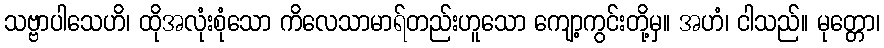
သဗ္ဗာပါသေဟိ၊ ထိုအလုံးစုံသော ကိလေသာမာရ်တည်းဟူသော ကျော့ကွင်းတို့မှ။ အဟံ၊ ငါသည်။ မုတ္တော၊